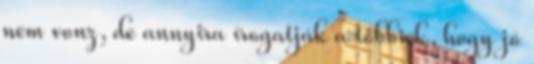
nem vonz, de annyira írogatják a többiek, hogy jó